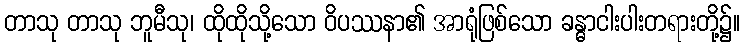
တာသု တာသု ဘူမီသု၊ ထိုထိုသို့သော ဝိပဿနာ၏ အာရုံဖြစ်သော ခန္ဓာငါးပါးတရားတို့၌။